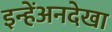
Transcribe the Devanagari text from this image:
इन्हेंअनदेखा